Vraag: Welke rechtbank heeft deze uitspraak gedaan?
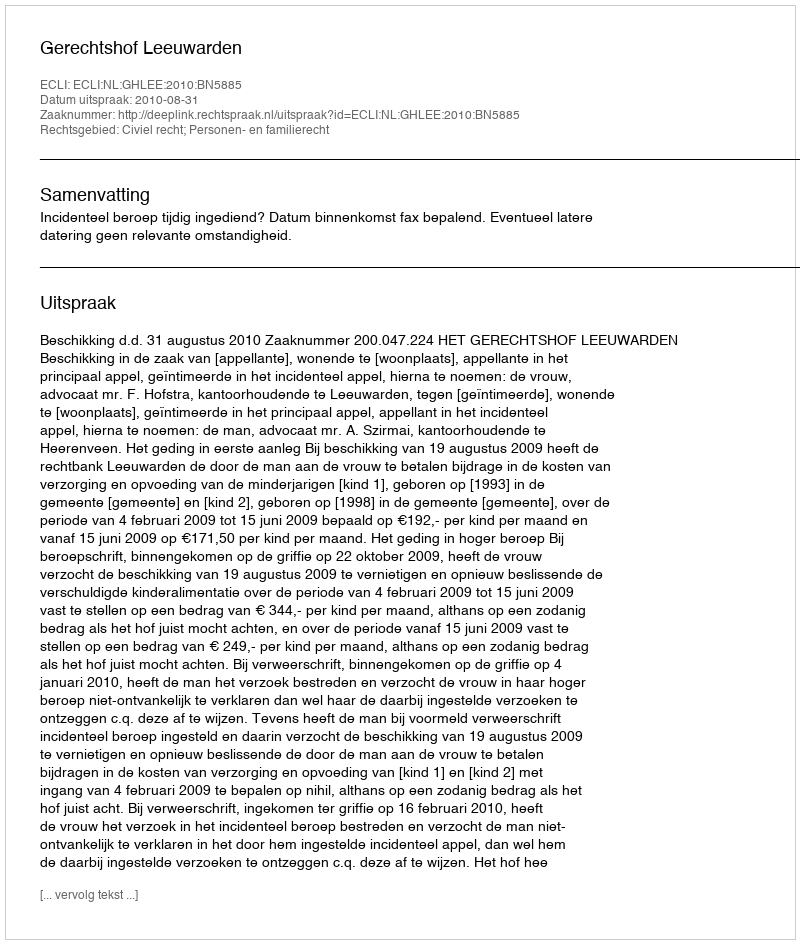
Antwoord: Gerechtshof Leeuwarden